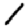
Digit: 1